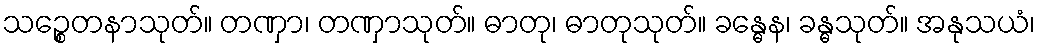
သဉ္စေတနာသုတ်။ တဏှာ၊ တဏှာသုတ်။ ဓာတု၊ ဓာတုသုတ်။ ခန္ဓေန၊ ခန္ဓသုတ်။ အနုသယံ၊